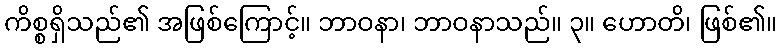
ကိစ္စရှိသည်၏ အဖြစ်ကြောင့်။ ဘာဝနာ၊ ဘာဝနာသည်။ ၃။ ဟောတိ၊ ဖြစ်၏။